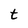
Character: t